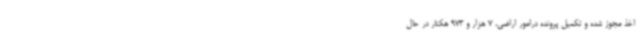
اخذ مجوز شده و تکمیل پرونده درامور اراضی، 7 هزار و 973 هکتار در حال